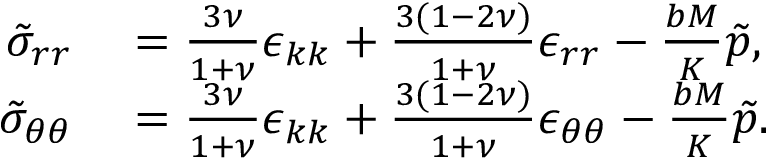
\begin{array} { r l } { \tilde { \sigma } _ { r r } } & { { } = \frac { 3 \nu } { 1 + \nu } \epsilon _ { k k } + \frac { 3 ( 1 - 2 \nu ) } { 1 + \nu } \epsilon _ { r r } - \frac { b M } { K } \tilde { p } , } \\ { \tilde { \sigma } _ { \theta \theta } } & { { } = \frac { 3 \nu } { 1 + \nu } \epsilon _ { k k } + \frac { 3 ( 1 - 2 \nu ) } { 1 + \nu } \epsilon _ { \theta \theta } - \frac { b M } { K } \tilde { p } . } \end{array}